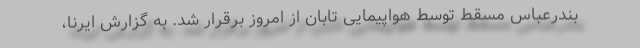
بندرعباس مسقط توسط هواپیمایی تابان از امروز برقرار شد. به گزارش ایرنا،